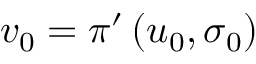
v _ { 0 } = \pi ^ { \prime } \left( u _ { 0 } , \sigma _ { 0 } \right)